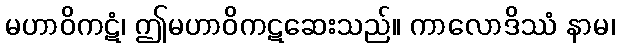
မဟာဝိကဋံ၊ ဤမဟာဝိကဋဆေးသည်။ ကာလောဒိဿံ နာမ၊